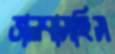
ভালবাসছিস